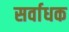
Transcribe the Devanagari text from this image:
सर्वाधक